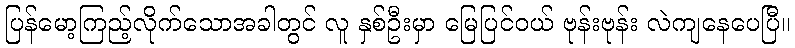
ပြန်မော့ကြည့်လိုက်သောအခါတွင် လူ နှစ်ဦးမှာ မြေပြင်ဝယ် ဗုန်းဗုန်း လဲကျနေပေပြီ။